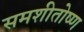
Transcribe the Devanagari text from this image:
समशीतोष्‍ण